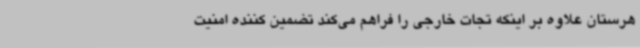
هرستان علاوه بر اینکه تجات خارجی را فراهم می‌کند تضمین کننده امنیت